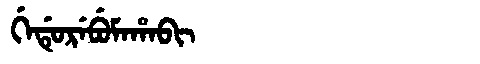
Manchu: ᡤᡝᡩᡠᡵᡝᠪᡠᠮᠠᡥᠠᠪᡳ
Romanization: GEDUREBUMAHABI